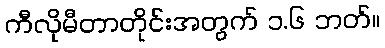
ကီလိုမီတာတိုင်းအတွက် ၁.၆ ဘတ်။